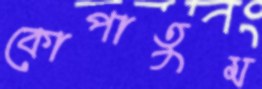
কোপাতুম